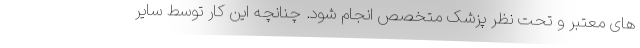
های معتبر و تحت نظر پزشک متخصص انجام شود. چنانچه این کار توسط سایر